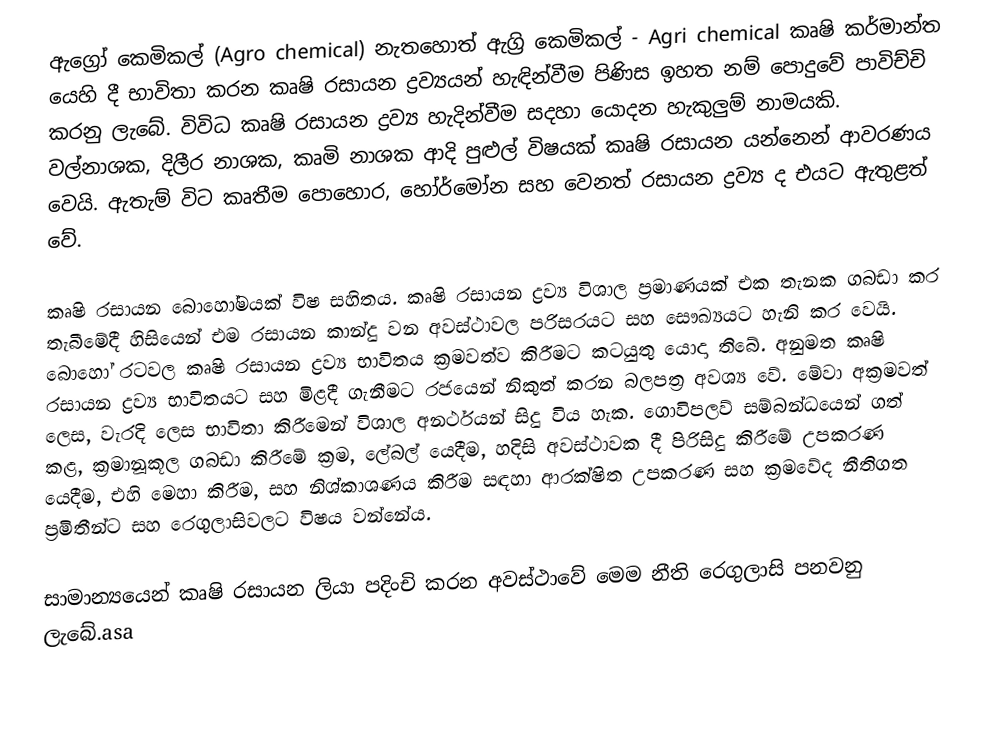
ඇග්‍රෝ කෙමිකල් (Agro chemical) නැතහොත් ඇග්‍රි කෙමිකල් - Agri chemical කෘෂි කර්මාන්ත යෙහි දී භාවිතා කරන කෘෂි රසායන ද්‍රව්‍යයන් හැඳින්වීම පිණිස ඉහත නම් පොදුවේ පාවිච්චි කරනු ලැබේ. විවිධ කෘෂි රසායන ද්‍රව්‍ය හැදින්වීම සදහා යොදන හැකුලුම් නාමයකි. වල්නාශක, දිලීර නාශක, කෘමි නාශක ආදි පුළුල් විෂයක් කෘෂි රසායන යන්නෙන් ආවරණය වෙයි. ඇතැම් විට කෘතීම පොහොර, හෝර්මෝන සහ වෙනත් රසායන ද්‍රව්‍ය ද එයට ඇතුළත් වේ.

කෘෂි රසායන බොහෝමයක් විෂ සහිතය. කෘෂි රසායන ද්‍රව්‍ය විශාල ප්‍රමාණයක් එක තැනක ගබඩා කර තැබීමේදී හිසියෙන් එම රසායන කාන්දු වන අවස්ථාවල පරිසරයට සහ සෞඛ්‍යයට හැනි කර වෙයි. බොහෝ රටවල කෘෂි රසායන ද්‍රව්‍ය භාවිතය ක්‍රමවත්ව කිරීමට කටයුතු යොදා තිබේ. අනුමත කෘෂි රසායන ද්‍රව්‍ය භාවිතයට සහ මිළදී ගැනීමට රජයෙන් නිකුත් කරන බලපත්‍ර අවශ්‍ය වේ. මේවා අක්‍රමවත් ලෙස, වැරදි ලෙස භාවිතා කිරීමෙන් විශාල අනර්ථයන් සිදු විය හැක. ගොවිපලව් සම්බන්ධයෙන් ගත් කළ, ක්‍රමානූකූල ගබඩා කිරීමේ ක්‍රම, ලේබල් යෙදීම, හදිසි අවස්ථාවක දී පිරිසිදු කිරීමේ උපකරණ යෙදීම, එහි මෙහා කිරීම, සහ නිශ්කාශණය කිරීම සඳහා ආරක්ෂිත උපකරණ සහ ක්‍රමවේද නීතිගත ප්‍රමිතීන්ට සහ රෙගුලාසිවලට විෂය වන්නේය.

සාමාන්‍යයෙන් කෘෂි රසායන ලියා පදිංචි කරන අවස්ථාවේ මෙම නීති රෙගුලාසි පනවනු ලැබේ.asa